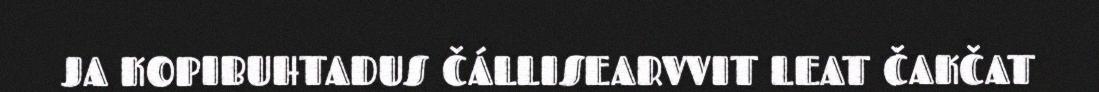
JA KOPIBUHTADUS ČÁLLISEARVVIT LEAT ČAKČAT